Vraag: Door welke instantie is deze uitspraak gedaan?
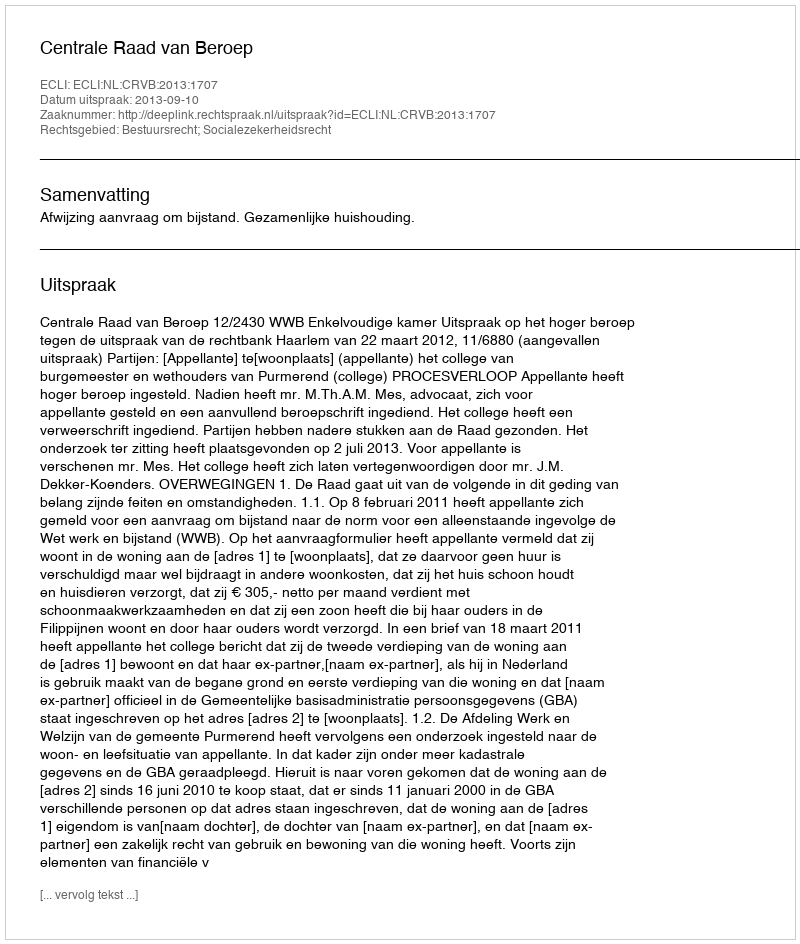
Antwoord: Centrale Raad van Beroep